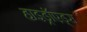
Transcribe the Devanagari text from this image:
हाइड्रॉएड्स